Report on horse surra - Volume I
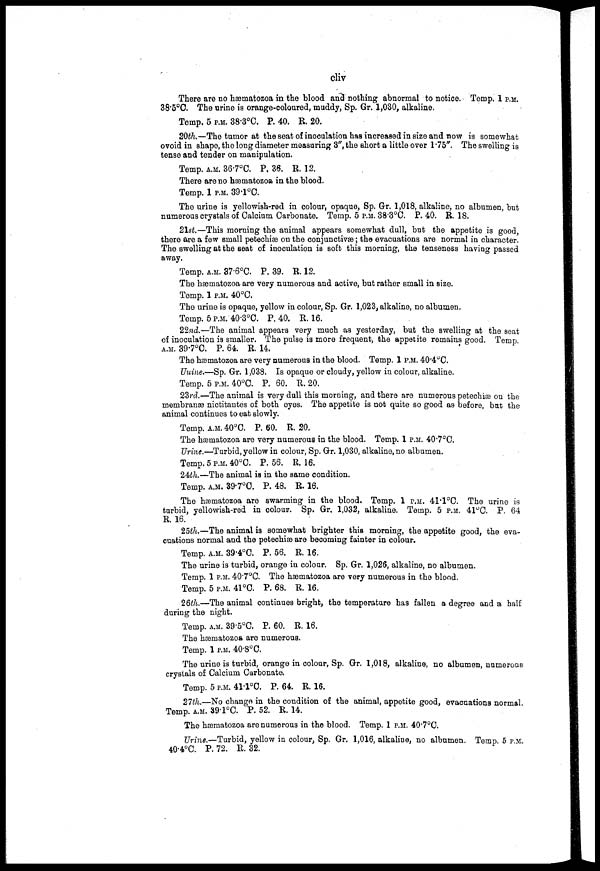
cliv
There are no hæmatozoa in the blood and nothing abnormal to notice. Temp, 1 P.M.
38.5°C. The urine is orange-coloured, muddy, Sp. Gr. 1,030, alkaline.
Temp. 5 P.M. 38.3ºC. P. 40. R. 20.
20th.—The tumor at the seat of inoculation has increased in size and now is somewhat
ovoid in shape, the long diameter measuring 3", the short a little over 1.75". The swelling is
tense and tender on manipulation.
Temp. A.M. 36.7°C. P. 36. R. 12.
There are no hæmatozoa in the blood.
Temp. 1 P.M. 39.1°C.
The urine is yellowish-red in colour, opaque, Sp. Gr. 1,018, alkaline, no albumen, but
numerous crystals of Calcium Carbonate. Temp. 5 P.M. 38.3°C. P. 40. R. 18.
21st—This morning the animal appears somewhat dull, but the appetite is good,
there are a few small petechias on the conjunctivæ; the evacuations are normal in character.
The swelling at the seat of inoculation is soft this morning, the tenseness having passed
away.
Temp. A.M. 37.6°C. P. 39. R. 12.
The hæmatozoa are very numerous and active, but rather small in size.
Temp. 1 P.M. 40°C.
The urine is opaque, yellow in colour, Sp. Gr. 1,023, alkaline, no albumen.
Temp. 5 P.M. 40.3°C. P. 40. R. 16.
22nd.—The animal appears very much as yesterday, but the swelling at the seat
of inoculation is smaller. The pulse is more frequent, the appetite remains good. Temp
A.M. 39.7°C. P. 64. R. 14.
'
The hæmatozoa are very numerous in the blood. Temp. 1 P.M. 40.4°C.
Uuine.—Sp. Gr. 1,038. Is opaque or cloudy, yellow in colour, alkaline.
Temp. 5 P.M. 40°C. P. 60. R. 20.
23rd.—The animal is very dull this morning, and there are numerous petechiæ on the
membranæ nictitantes of both eyes. The appetite is not quite so good as before, but the
animal continues to eat slowly.
Temp. A.M. 40°C. P. 60. R. 20.
The hæmatozoa are very numerous in the blood. Temp. 1 P.M. 40.7°C.
Urine.—Tarbid, yellow in colour, Sp. Gr. 1,030, alkaline, no albumen.
Temp.5 P.M.40°C. P. 56. R. 16.
24th.—The animal is in the same condition.
Temp. A.M. 39.7°C. P. 48. R. 16.
The hæmatozoa are swarming in the blood. Temp. 1 P.M. 41.1°C. The urine is
turbid, yellowish-red in colour. Sp. Gr. 1,032, alkaline. Temp. 5 P.M. 41°C. P. 64
R. 16.
25th.—The animal is somewhat brighter this morning, the appetite good, the eva-
cuations normal and the petechiæ are becoming fainter in colour.
Temp. A.M. 39.4°C. P. 56. R. 16.
The urine is turbid, orange in colour. Sp. Gr. 1,026, alkaline, no albumen.
Temp. 1 P.M. 40.7°C. The hæmatozoa are very numerous in the blood.
Temp. 5 P.M. 41°C. P. 68. R. 16.
26th.—The animal continues bright, the temperature has fallen a degree and a half
during the night.
Temp. A.M. 39.5°C. P. 60. R. 16.
The hæmatozoa are numerous.
Temp. 1 P.M. 40.8°C.
The urine is turbid, orange in colour, Sp. Gr. 1,018, alkaline, no albumen, numerous
crystals of Calcium Carbonate.
Temp. 5 P.M. 41.1°C. P. 64. R. 16.
27th.—No change in the condition of the animal, appetite good, evacuations normal
Temp. A.M. 39.1°C. P. 52. R. 14.
The hæmatozoa are numerous in the blood. Temp. 1 P.M. 40.7°C.
Urine.—-Turbid, yellow in colour, Sp. Gr. 1,016, alkaline, no albumen. Temp. 5 P.M.
40.4°C. P. 72. R. 32.